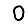
Digit: 0